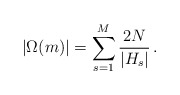
\begin{align*} \left|\Omega(m)\right|=\sum_{s=1}^{M}\frac{2N}{|H_{s}|}\,. \end{align*}